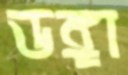
ডঙ্গা